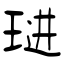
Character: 琎